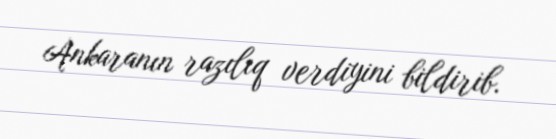
Ankaranın razılıq verdiyini bildirib.